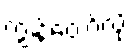
ကျွန်တော့်လို